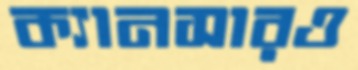
ক্যানসারও